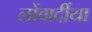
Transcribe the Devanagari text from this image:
लोंबार्दीया